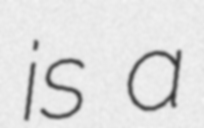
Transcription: is a